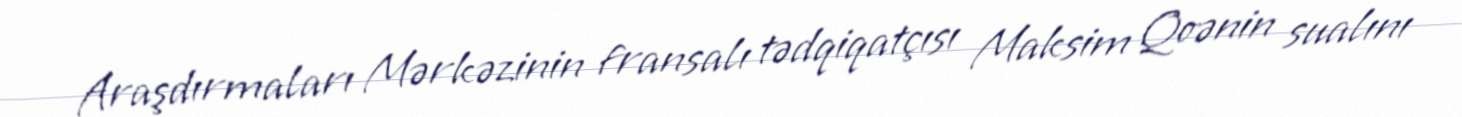
Araşdırmaları Mərkəzinin fransalı tədqiqatçısı Maksim Qoənin sualını